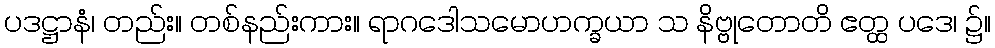
ပဒဋ္ဌာနံ၊ တည်း။ တစ်နည်းကား။ ရာဂဒေါသမောဟက္ခယာ သ နိဗ္ဗုတောတိ ဧတ္ထ ပဒေ၊ ၌။